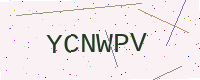
Text: YCNWPV